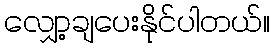
လျှော့ချပေးနိုင်ပါတယ်။